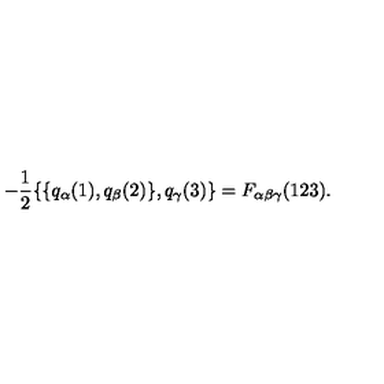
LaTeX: - \frac { 1 } { 2 } \{ \{ q _ { \alpha } ( 1 ) , q _ { \beta } ( 2 ) \} , q _ { \gamma } ( 3 ) \} = F _ { \alpha \beta \gamma } ( 1 2 3 ) .